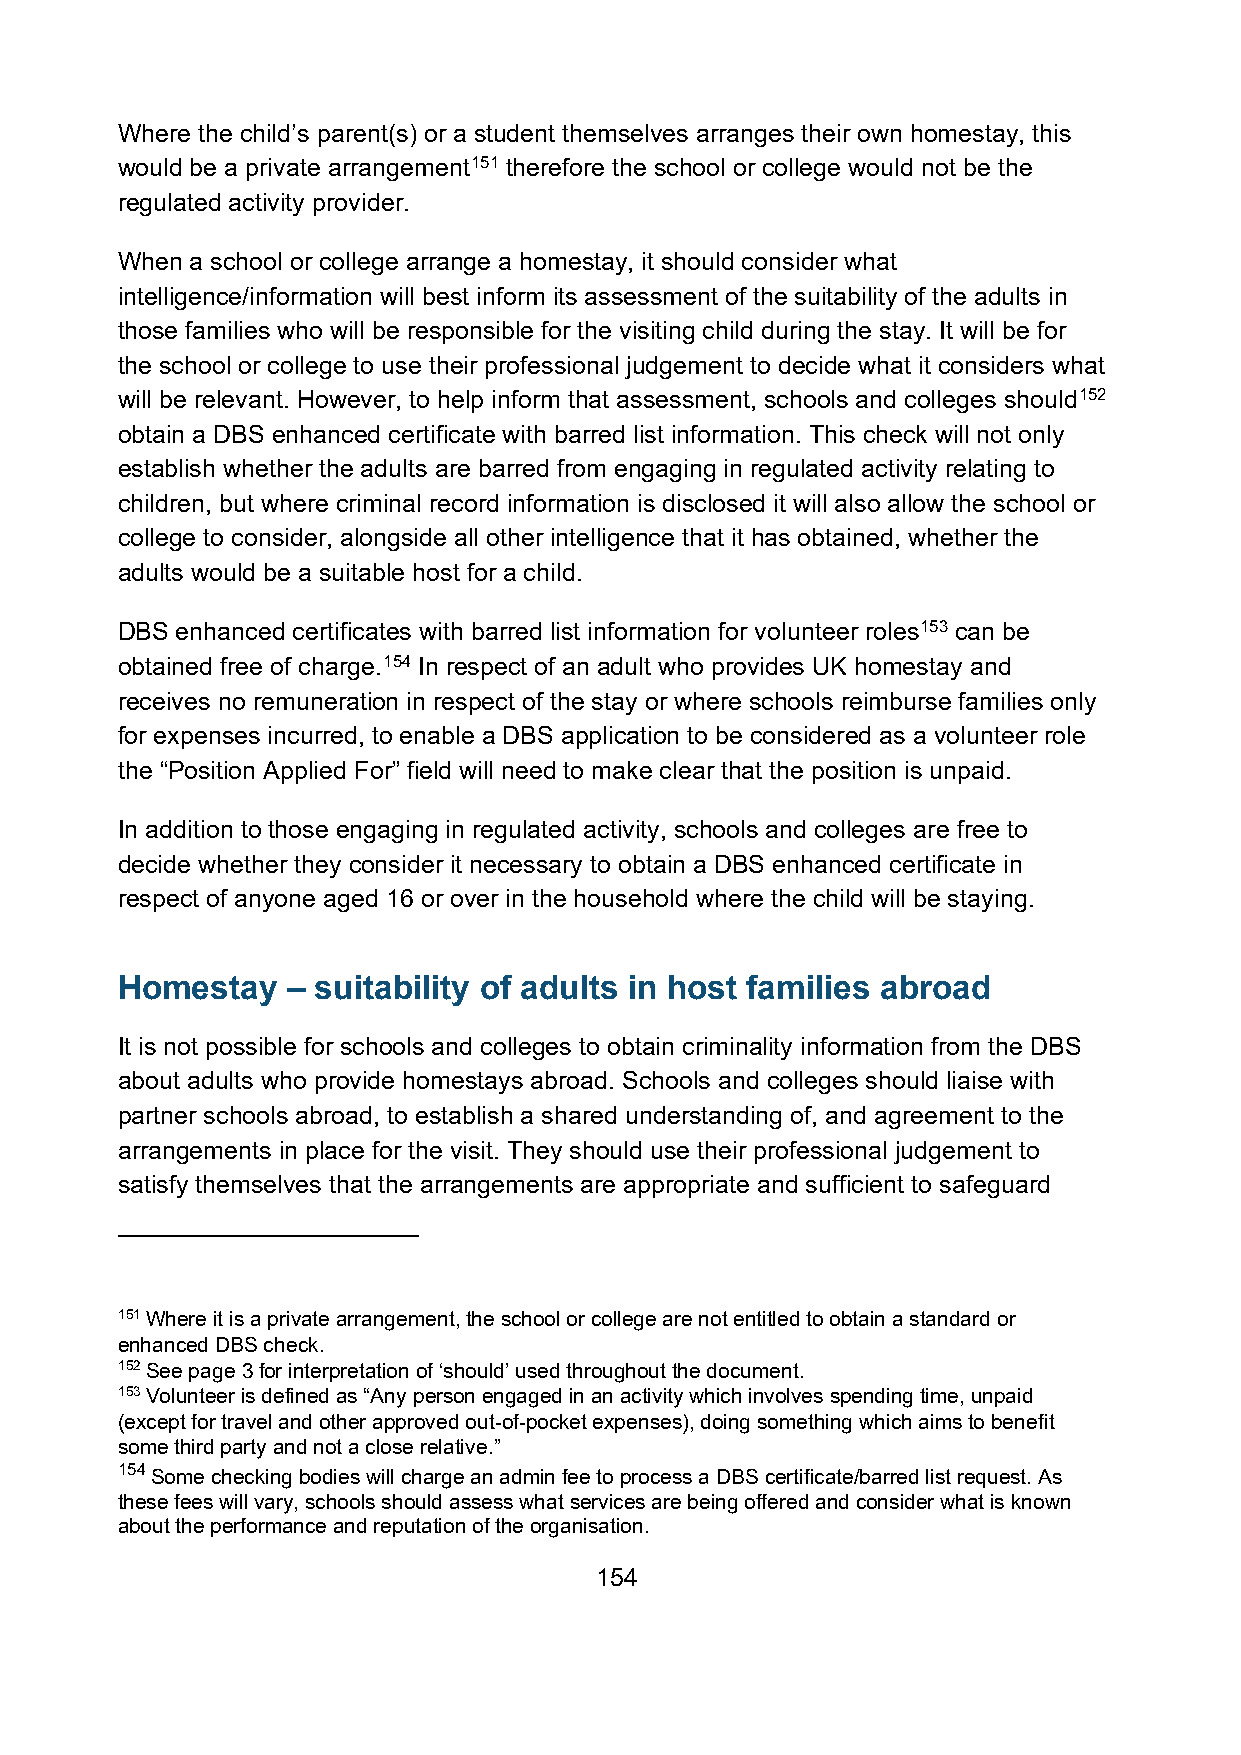
Where the child’s parent(s) or a student themselves arranges their own homestay, this
 would be a private arrangement151 therefore the school or college would not be the
 regulated activity provider.
 When a school or college arrange a homestay, it should consider what
 intelligence/information will best inform its assessment of the suitability of the adults in
 those families who will be responsible for the visiting child during the stay. It will be for
 the school or college to use their professional judgement to decide what it considers what
 will be relevant. However, to help inform that assessment, schools and colleges should152
 obtain a DBS enhanced certificate with barred list information. This check will not only
 establish whether the adults are barred from engaging in regulated activity relating to
 children, but where criminal record information is disclosed it will also allow the school or
 college to consider, alongside all other intelligence that it has obtained, whether the
 adults would be a suitable host for a child.
 DBS enhanced certificates with barred list information for volunteer roles153 can be
 obtained free of charge.154 In respect of an adult who provides UK homestay and
 receives no remuneration in respect of the stay or where schools reimburse families only
 for expenses incurred, to enable a DBS application to be considered as a volunteer role
 the “Position Applied For” field will need to make clear that the position is unpaid.
 In addition to those engaging in regulated activity, schools and colleges are free to
 decide whether they consider it necessary to obtain a DBS enhanced certificate in
 respect of anyone aged 16 or over in the household where the child will be staying.
 Homestay   – suitability of adults in host families abroad
 It is not possible for schools and colleges to obtain criminality information from the DBS
 about adults who provide homestays abroad. Schools and colleges should liaise with
 partner schools abroad, to establish a shared understanding of, and agreement to the
 arrangements in place for the visit. They should use their professional judgement to
 satisfy themselves that the arrangements are appropriate and sufficient to safeguard
 151 Where it is a private arrangement, the school or college are not entitled to obtain a standard or
 enhanced DBS check.
 152 See page 3 for interpretation of ‘should’ used throughout the document.
 153 Volunteer is defined as “Any person engaged in an activity which involves spending time, unpaid
 (except for travel and other approved out-of-pocket expenses), doing something which aims to benefit
 some third party and not a close relative.”
 154 Some checking bodies will charge an admin fee to process a DBS certificate/barred list request. As
 these fees will vary, schools should assess what services are being offered and consider what is known
 about the performance and reputation of the organisation.
 154